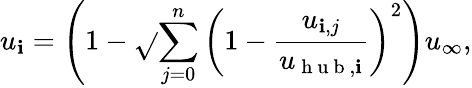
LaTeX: u_{\mathbf{i}}=\left(1-\sqrt{}{{\sum_{j=0}^{n}\left(1-\frac{{u_{\mathbf{i},j}}}{{u_{\mathrm{{~h~u~b~}},\mathbf{i}}}}\right)^{2}}}\right)u_{\infty},